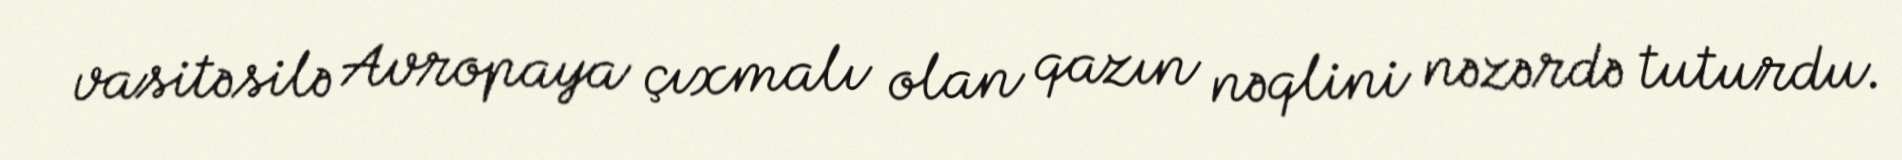
vasitəsilə Avropaya çıxmalı olan qazın nəqlini nəzərdə tuturdu.